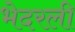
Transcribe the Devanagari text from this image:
भेदरली